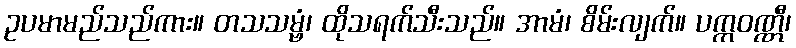
ဥပမာမည်သည်ကား။ တသသမ္ဗံ၊ ထိုသရက်သီးသည်။ အာမံ၊ စိမ်းလျက်။ ပက္ကဝဏ္ဏီ၊